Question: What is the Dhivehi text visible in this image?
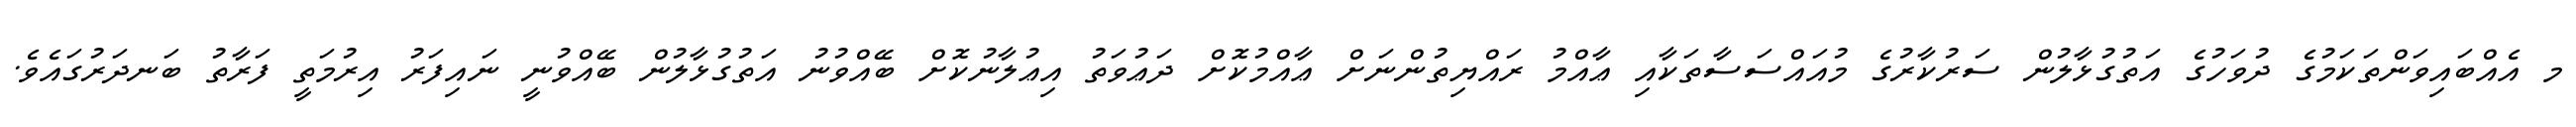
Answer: މ އެއްބައިވަންތަކަމުގެ ދުވަހުގެ އަތުގުޅާލުން ސަރުކާރުގެ މުއައްސަސާތަކާއި ޢާއްމު ރައްޔިތުންނަށް ޢާއްމުކޮށް ދަޢުވަތު އިޢުލާނުކޮށް ބޭއްވުނު އަތުގުޅާލުން ބޭއްވުނީ ނައިފަރު އިރުމަތީ ފަރާތު ބަނދަރުގައެވެ.